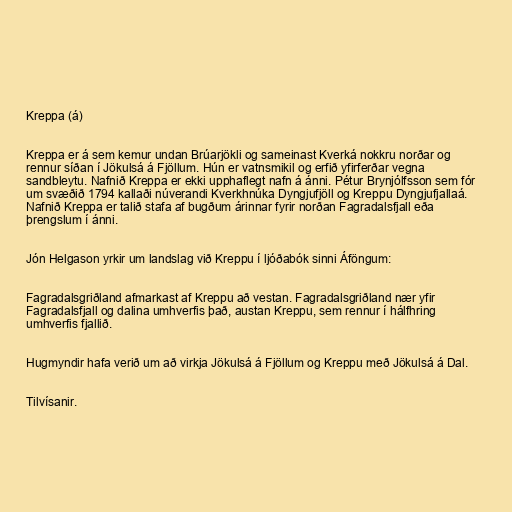
Kreppa (á)

Kreppa er á sem kemur undan Brúarjökli og sameinast Kverká nokkru norðar og
rennur síðan í Jökulsá á Fjöllum. Hún er vatnsmikil og erfið yfirferðar vegna
sandbleytu. Nafnið Kreppa er ekki upphaflegt nafn á ánni. Pétur Brynjólfsson sem fór
um svæðið 1794 kallaði núverandi Kverkhnúka Dyngjufjöll og Kreppu Dyngjufjallaá.
Nafnið Kreppa er talið stafa af bugðum árinnar fyrir norðan Fagradalsfjall eða
þrengslum í ánni.

Jón Helgason yrkir um landslag við Kreppu í ljóðabók sinni Áföngum:

Fagradalsgriðland afmarkast af Kreppu að vestan. Fagradalsgriðland nær yfir
Fagradalsfjall og dalina umhverfis það, austan Kreppu, sem rennur í hálfhring
umhverfis fjallið.

Hugmyndir hafa verið um að virkja Jökulsá á Fjöllum og Kreppu með Jökulsá á Dal.

Tilvísanir.